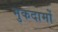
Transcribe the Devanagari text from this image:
मुकदामों